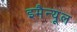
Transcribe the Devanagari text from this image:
इमैन्यूल